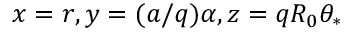
x = r , y = ( a / q ) \alpha , z = q R _ { 0 } \theta _ { * }